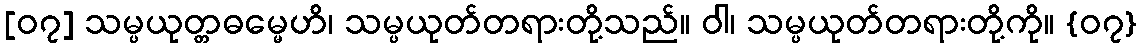
[၀၇] သမ္ပယုတ္တဓမ္မေဟိ၊ သမ္ပယုတ်တရားတို့သည်။ ဝါ၊ သမ္ပယုတ်တရားတို့ကို။ {၀၇}